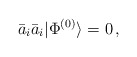
\begin{align*}\bar{a}_i\bar{a}_i|\Phi^{(0)}\rangle=0\,,\end{align*}